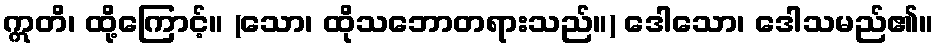
ဣတိ၊ ထို့ကြောင့်။ (သော၊ ထိုသဘောတရားသည်။) ဒေါသော၊ ဒေါသမည်၏။